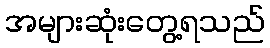
အများဆုံးတွေ့ရသည်